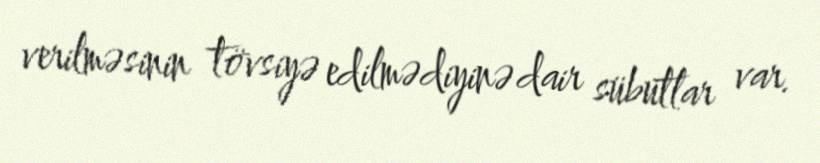
verilməsinin tövsiyə edilmədiyinə dair sübutlar var.